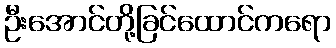
ဦးအောင်တို့ခြင်ထောင်ကရော